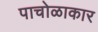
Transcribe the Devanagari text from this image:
पाचोळाकार